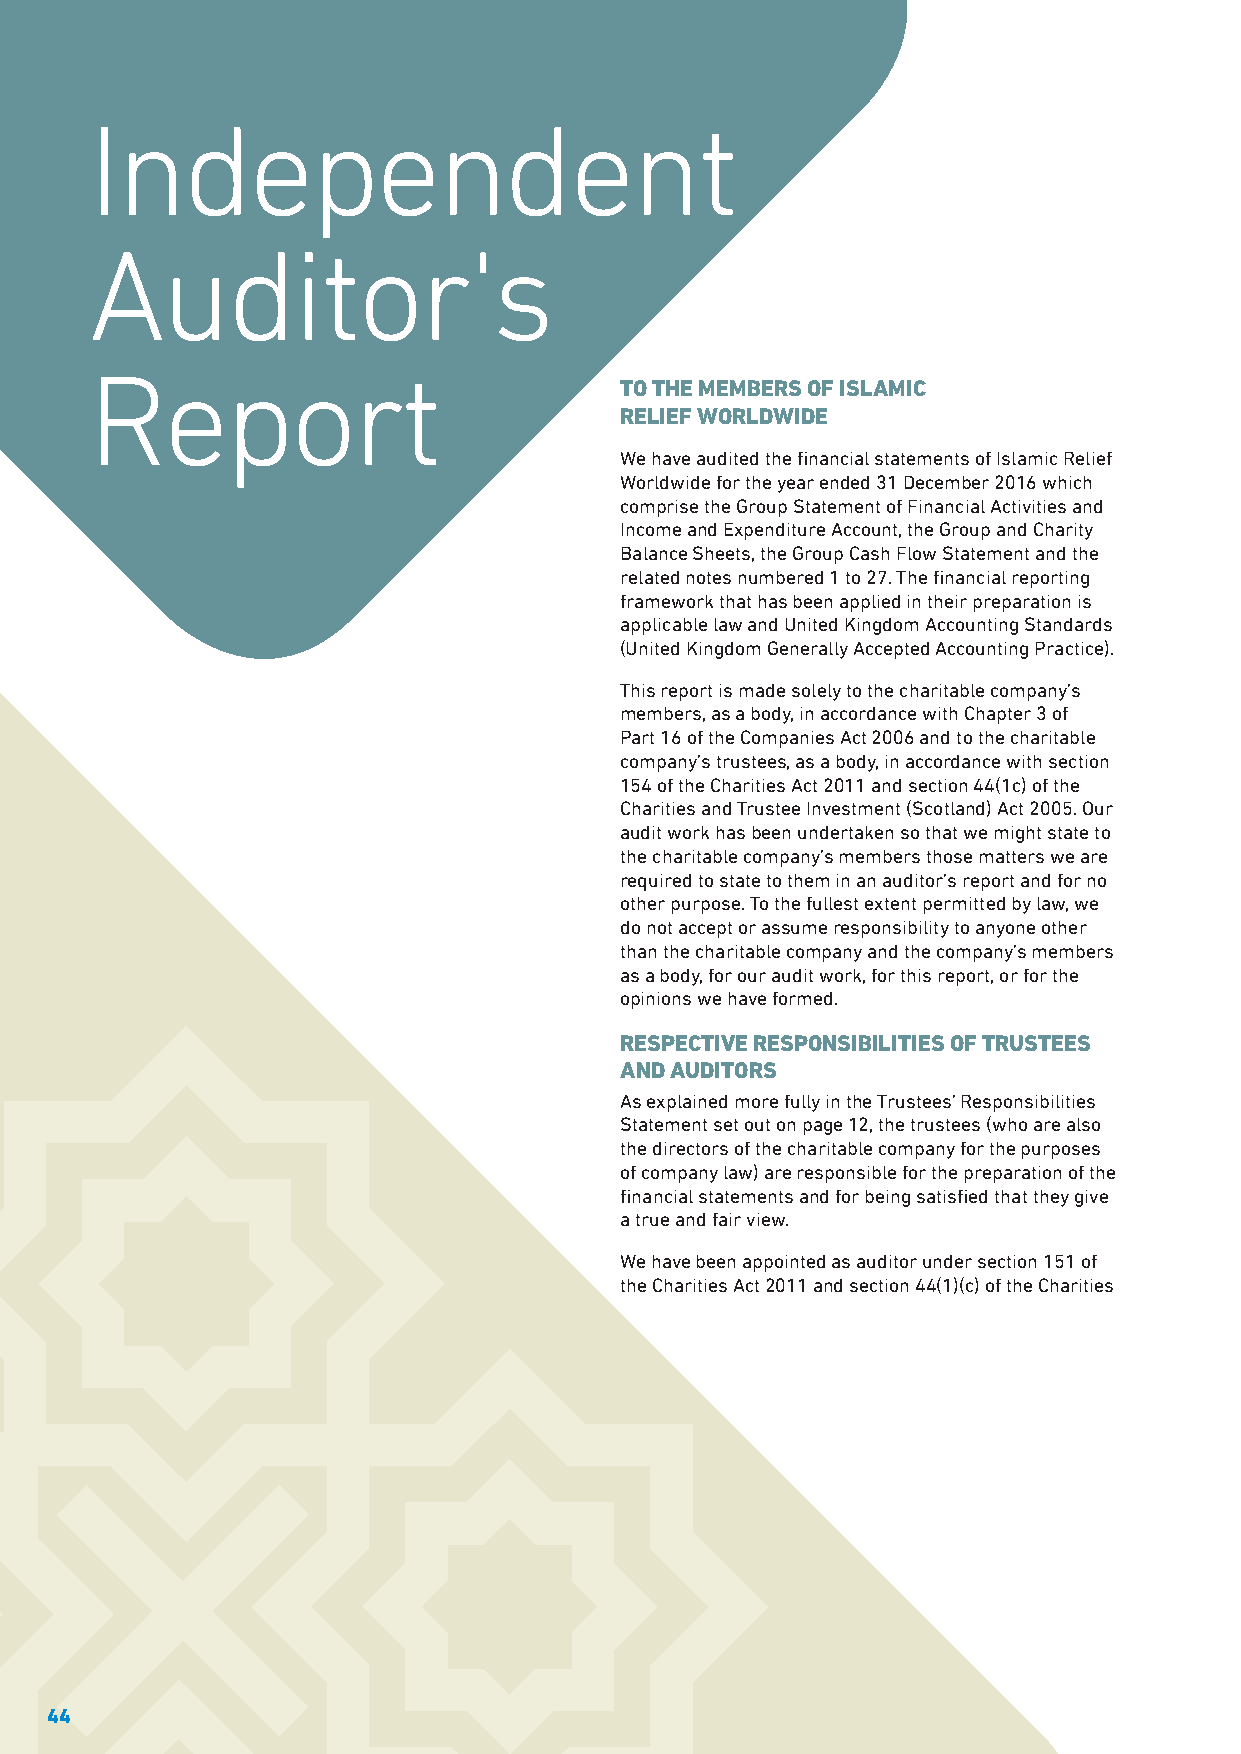
Independent
 Auditor's
 Report
 TO THE MEMBERS OF ISLAMIC
 RELIEF WORLDWIDE
 We have audited the financial statements of Islamic Relief
 Worldwide for the year ended 31 December 2016 which
 comprise the Group Statement of Financial Activities and
 Income and Expenditure Account, the Group and Charity
 Balance Sheets, the Group Cash Flow Statement and the
 related notes numbered 1 to 27. The financial reporting
 framework that has been applied in their preparation is
 applicable law and United Kingdom Accounting Standards
 (United Kingdom Generally Accepted Accounting Practice).
 This report is made solely to the charitable company’s
 members, as a body, in accordance with Chapter 3 of
 Part 16 of the Companies Act 2006 and to the charitable
 company’s trustees, as a body, in accordance with section
 154 of the Charities Act 2011 and section 44(1c) of the
 Charities and Trustee Investment (Scotland) Act 2005. Our
 audit work has been undertaken so that we might state to
 the charitable company’s members those matters we are
 required to state to them in an auditor’s report and for no
 other purpose. To the fullest extent permitted by law, we
 do not accept or assume responsibility to anyone other
 than the charitable company and the company’s members
 as a body, for our audit work, for this report, or for the
 opinions we have formed.
 RESPECTIVE RESPONSIBILITIES OF TRUSTEES
 AND AUDITORS
 As explained more fully in the Trustees’ Responsibilities
 Statement set out on page 12, the trustees (who are also
 the directors of the charitable company for the purposes
 of company law) are responsible for the preparation of the
 financial statements and for being satisfied that they give
 a true and fair view.
 We have been appointed as auditor under section 151 of
 the Charities Act 2011 and section 44(1)(c) of the Charities
 44